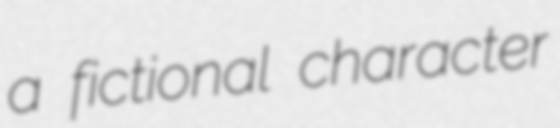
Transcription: a fictional character